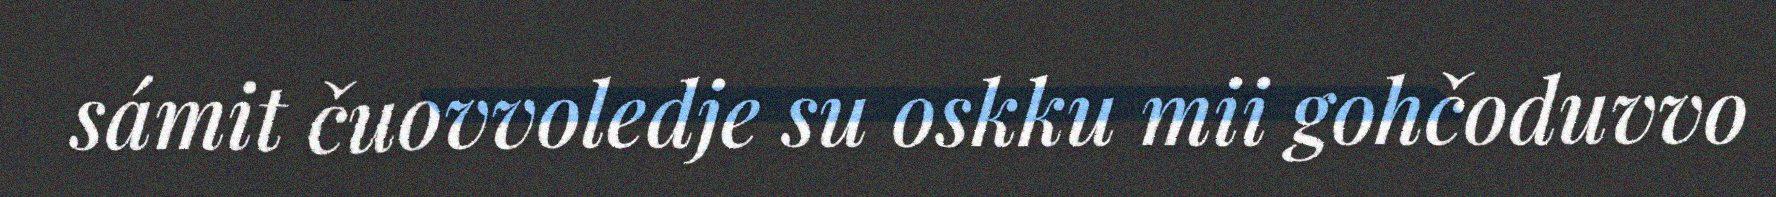
sámit čuovvoledje su oskku mii gohčoduvvo